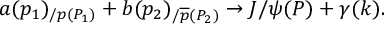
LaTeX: a ( p _ { 1 } ) _ { / p ( P _ { 1 } ) } + b ( p _ { 2 } ) _ { / \overline { { { p } } } ( P _ { 2 } ) } \rightarrow J / \psi ( P ) + \gamma ( k ) .